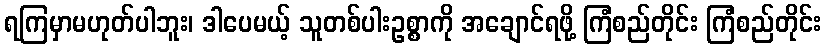
ရကြမှာမဟုတ်ပါဘူး၊ ဒါပေမယ့် သူတစ်ပါးဥစ္စာကို အချောင်ရဖို့ ကြံစည်တိုင်း ကြံစည်တိုင်း